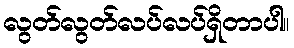
လွတ်လွတ်လပ်လပ်ရှိတာပါ။